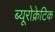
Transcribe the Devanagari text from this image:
ब्यूरोक्रेटिक